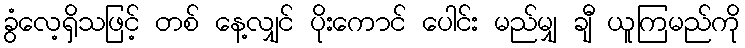
ခွံလေ့ရှိသဖြင့် တစ် နေ့လျှင် ပိုးကောင် ပေါင်း မည်မျှ ချီ ယူကြမည်ကို